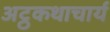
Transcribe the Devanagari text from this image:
अट्ठकथाचार्य